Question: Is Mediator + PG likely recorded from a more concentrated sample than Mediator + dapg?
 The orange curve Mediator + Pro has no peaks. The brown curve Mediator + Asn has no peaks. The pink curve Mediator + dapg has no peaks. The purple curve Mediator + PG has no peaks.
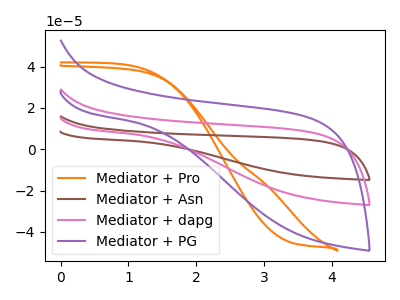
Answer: <think>Neither "Mediator + PG" or "Mediator + dapg" have any peaks.
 </think>
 <answer>I cant tell if "Mediator + PG" or "Mediator + dapg" has more signal.</answer>
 <eval>mixed_signal</eval>